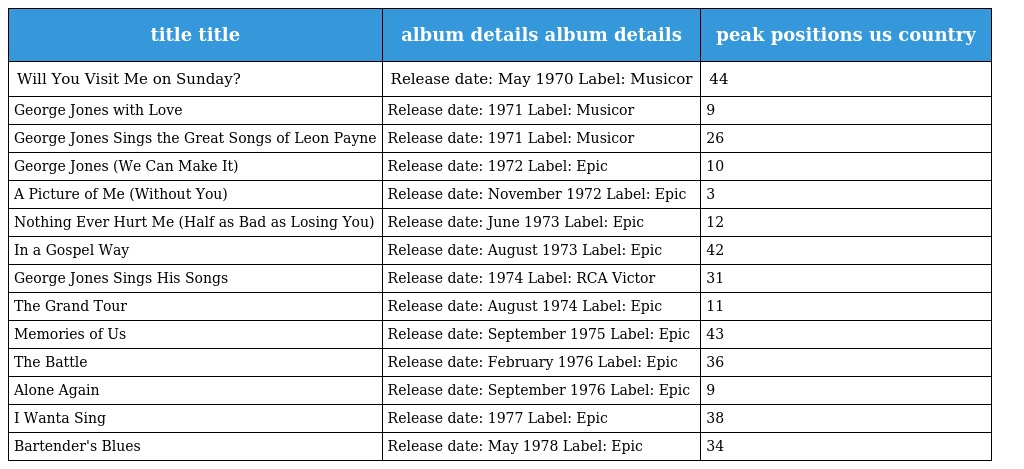
| title title | album details album details | peak positions us country |
 | --- | --- | --- |
 | Will You Visit Me on Sunday? | Release date: May 1970 Label: Musicor | 44 |
 | George Jones with Love | Release date: 1971 Label: Musicor | 9 |
 | George Jones Sings the Great Songs of Leon Payne | Release date: 1971 Label: Musicor | 26 |
 | George Jones (We Can Make It) | Release date: 1972 Label: Epic | 10 |
 | A Picture of Me (Without You) | Release date: November 1972 Label: Epic | 3 |
 | Nothing Ever Hurt Me (Half as Bad as Losing You) | Release date: June 1973 Label: Epic | 12 |
 | In a Gospel Way | Release date: August 1973 Label: Epic | 42 |
 | George Jones Sings His Songs | Release date: 1974 Label: RCA Victor | 31 |
 | The Grand Tour | Release date: August 1974 Label: Epic | 11 |
 | Memories of Us | Release date: September 1975 Label: Epic | 43 |
 | The Battle | Release date: February 1976 Label: Epic | 36 |
 | Alone Again | Release date: September 1976 Label: Epic | 9 |
 | I Wanta Sing | Release date: 1977 Label: Epic | 38 |
 | Bartender's Blues | Release date: May 1978 Label: Epic | 34 |